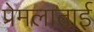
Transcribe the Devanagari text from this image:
प्रेमलाताई